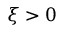
\xi > 0